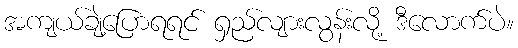
အကျယ်ချဲ့ပြောရရင် ရှည်လျားလွန်းလို့ ဒီလောက်ပဲ။